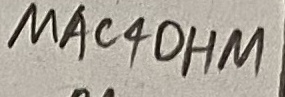
Text: MAC4OHM